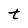
Character: t